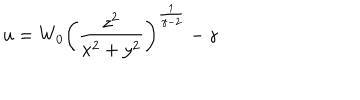
LaTeX: u = W _ { 0 } \left( { \frac { z ^ { 2 } } { x ^ { 2 } + y ^ { 2 } } } \right) ^ { \frac { 1 } { \gamma - 2 } } - \gamma